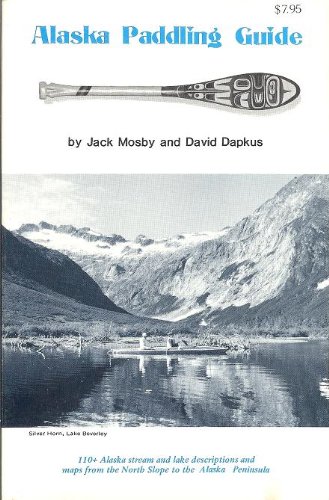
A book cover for Alaska Paddling Guide; David Dapkus; Sports & Outdoors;